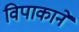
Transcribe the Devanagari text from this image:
विपाकाने